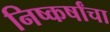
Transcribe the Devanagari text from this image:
निष्कर्षांचा